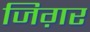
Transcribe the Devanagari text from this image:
जिग़र